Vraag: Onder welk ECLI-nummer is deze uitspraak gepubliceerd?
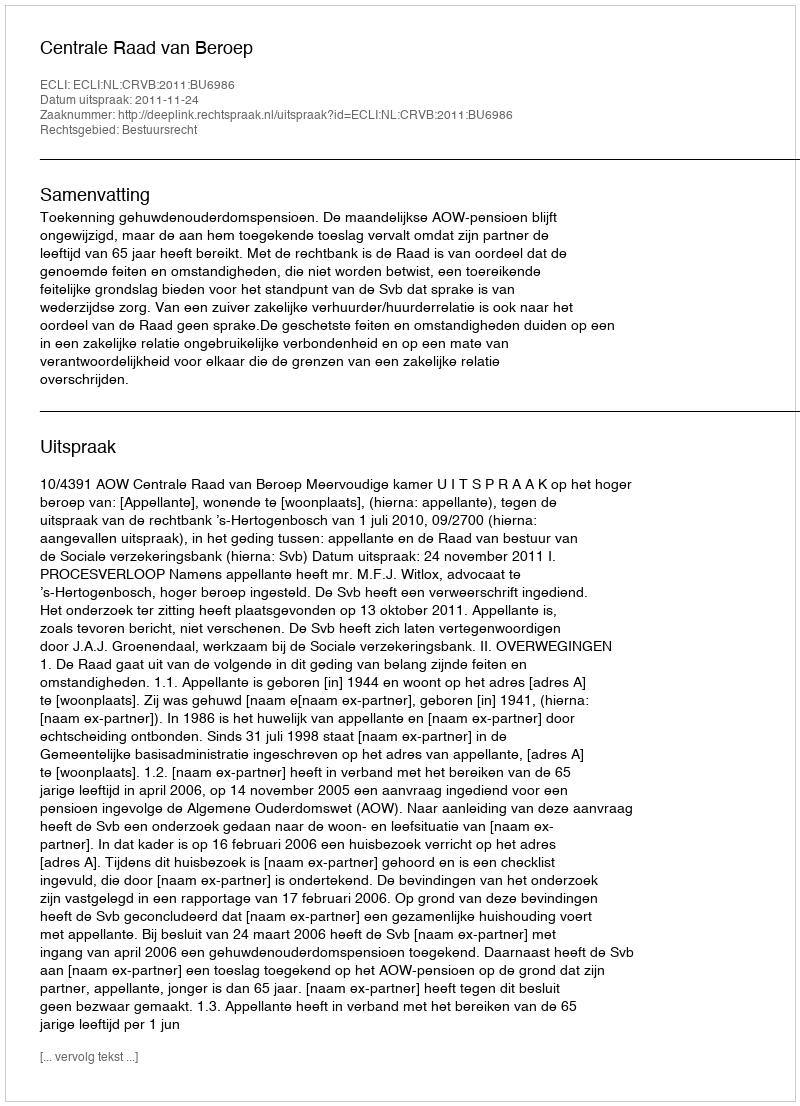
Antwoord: ECLI:NL:CRVB:2011:BU6986